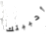
أحببتك